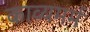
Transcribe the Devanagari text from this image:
काव्यमर्म